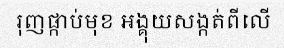
រុញផ្កាប់មុខ អង្គុយសង្កត់ពីលើ